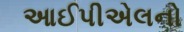
આઈપીએલનો